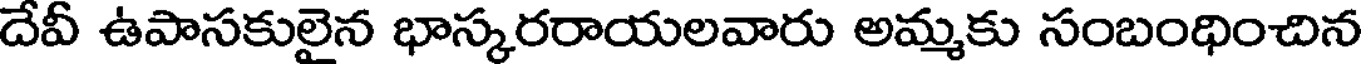
దేవీ ఉపాసకులైన భాస్కరరాయలవారు అమ్మకు సంబంధించిన